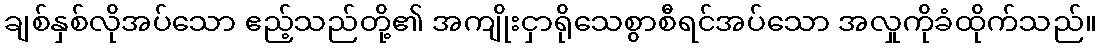
ချစ်နှစ်လိုအပ်သော ဧည့်သည်တို့၏ အကျိုးငှာရိုသေစွာစီရင်အပ်သော အလှုကိုခံထိုက်သည်။